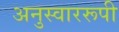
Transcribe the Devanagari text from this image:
अनुस्वाररूपी